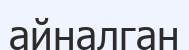
айналган